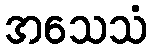
အသေသံ